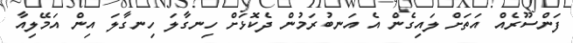
ފަންސޫރެއް އަތަށް ލައިގެން އެ އަނބުރަމުން ދެކޮޅަށް ހިނގާލަ ހިނގާލަ އިން އަމޭލިއާ